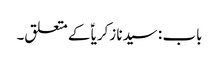
باب : سیدنا زکریاؑ کے متعلق۔